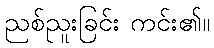
ညစ်ညူးခြင်း ကင်း၏။